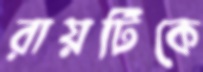
রায়টিকে